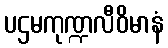
ပဌမကုဏ္ဍလီဝိမာနံ